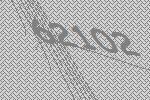
62102